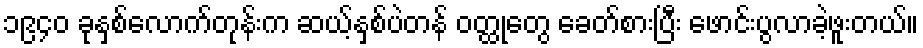
၁၉၄၀ ခုနှစ်လောက်တုန်းက ဆယ့်နှစ်ပဲတန် ဝတ္ထုတွေ ခေတ်စားပြီး ဖောင်းပွလာခဲ့ဖူးတယ်။